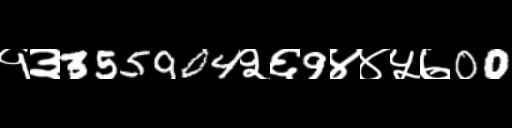
Text: १३355904२६9४४५७00